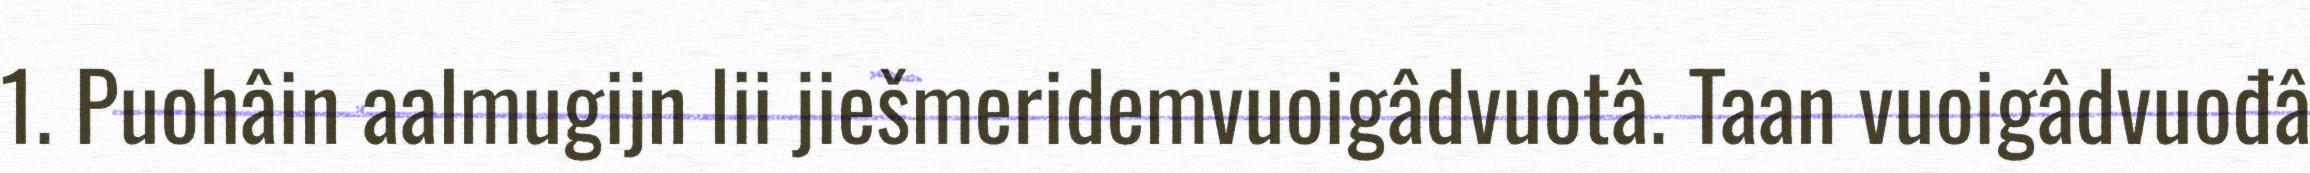
1. Puohâin aalmugijn lii jiešmeridemvuoigâdvuotâ. Taan vuoigâdvuođâ